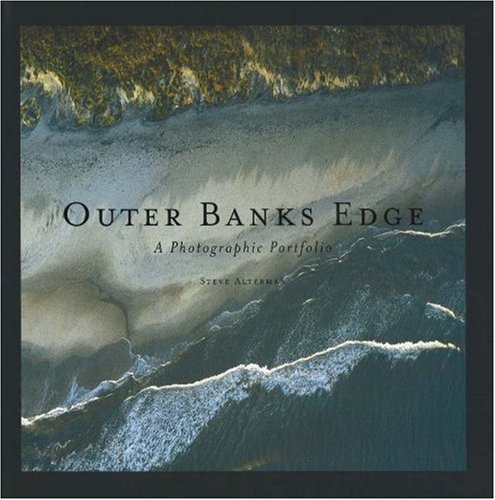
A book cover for Outer Banks Edge: A Photographic Portfolio; Steve Alterman; Travel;